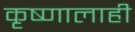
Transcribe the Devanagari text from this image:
कृष्णालाही